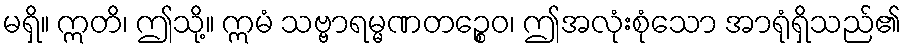
မရှိ။ ဣတိ၊ ဤသို့။ ဣမံ သဗ္ဗာရမ္မဏတဉ္စေဝ၊ ဤအလုံးစုံသော အာရုံရှိသည်၏